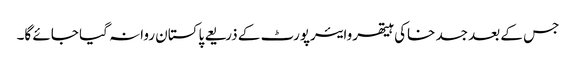
جس کے بعد جسد خاکی ہیتھروایئرپورٹ کے ذریعے پاکستان روانہ گیا جائے گا۔